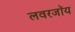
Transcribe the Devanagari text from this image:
लवरजॉय